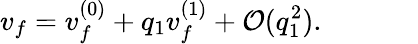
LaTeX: v_{f}=v_{f}^{(0)}+q_{1}v_{f}^{(1)}+\mathcal{O}(q_{1}^{2}).~~~~~~~~~~~~~